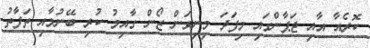
ކޮރެއާ އާއި ޖަޕާންގައި މިފަދަ މިނިވަން ޒޯން ގާއިމު ކުރި ބޭނުމާއި ތަފާތު